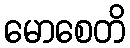
မောစေတိ